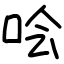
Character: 哙